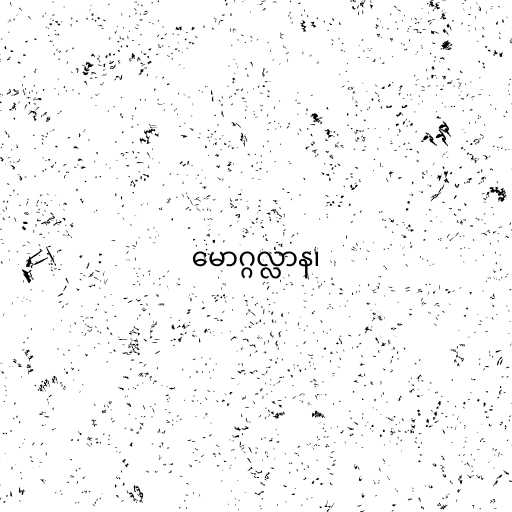
မောဂ္ဂလ္လာန၊